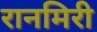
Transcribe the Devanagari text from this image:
रानमिरी